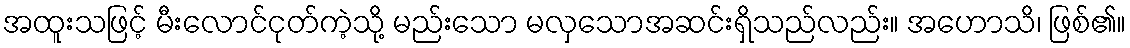
အထူးသဖြင့် မီးလောင်ငုတ်ကဲ့သို့ မည်းသော မလှသောအဆင်းရှိသည်လည်း။ အဟောသိ၊ ဖြစ်၏။